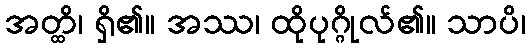
အတ္ထိ၊ ရှိ၏။ အဿ၊ ထိုပုဂ္ဂိုလ်၏။ သာပိ၊